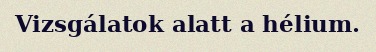
Vizsgálatok alatt a hélium.